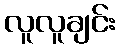
လူလူချင်း